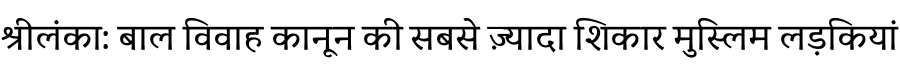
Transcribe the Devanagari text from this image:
श्रीलंका: बाल विवाह कानून की सबसे ज़्यादा शिकार मुस्लिम लड़कियां